Indian journal of veterinary science and animal husbandry - Volume 10,
Year: 1940
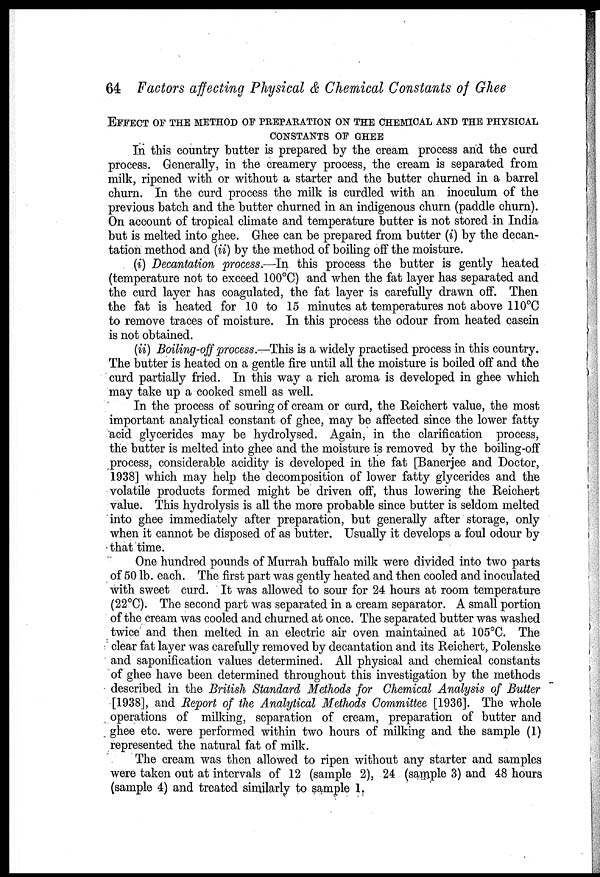
64 Factors affecting Physical & Chemical Constants of Ghee
EFFECT OF THE METHOD OF PREPARATION ON THE CHEMICAL AND THE PHYSICA
CONSTANTS OF GHEE
In this country butter is prepared by the cream process and the curd
process. Generally, in the creamery process, the cream is separated from
milk, ripened with or without a starter and the butter churned in a barrel
churn. In the curd process the milk is curdled with an inoculum of the
previous batch and the butter churned in an indigenous churn (paddle churn).
On account of tropical climate and temperature butter is not stored in India
but is melted into ghee. Ghee can be prepared from butter (i) by the decan¬
tation method and (ii) by the method of boiling off the moisture.
(i) Decantation process.—In this process the butter is gently heated
(temperature not to exceed 100°C) and when the fat layer has separated and
the curd layer has coagulated, the fat layer is carefully drawn off. Then
the fat is heated for 10 to 15 minutes at temperatures not above 110°C
to remove traces of moisture. In this process the odour from heated casein
is not obtained.
(ii) Boiling-off process.—This is a widely practised process in this country.
The butter is heated on a gentle fire until all the moisture is boiled off and the
curd partially fried. In this way a rich aroma is developed in ghee which
may take up a cooked smell as well.
In the process of souring of cream or curd, the Reichert value, the most
important analytical constant of ghee, may be affected since the lower fatty
acid glycerides may be hydrolysed. Again, in the clarification process,
the butter is melted into ghee and the moisture is removed by the boiling-off
process, considerable acidity is developed in the fat [Banerjee and Doctor,
1938] which may help the decomposition of lower fatty glycerides and the
volatile products formed might be driven off, thus lowering the Reichert
value. This hydrolysis is all the more probable since butter is seldom melted
into ghee immediately after preparation, but generally after storage, only
when it cannot be disposed of as butter. Usually it develops a foul odour by
that time.
One hundred pounds of Murrah buffalo milk were divided into two parts
of 50 lb. each. The first part was gently heated and then cooled and inoculated
with sweet curd. It was allowed to sour for 24 hours at room temperature
(22°C). The second part was separated in a cream separator. A small portion
of the cream was cooled and churned at once. The separated butter was washed
twice and then melted in an electric air oven maintained at 105°C. The
clear fat layer was carefully removed by decantation and its Reichert, Polenske
and saponification values determined. All physical and chemical constants
of ghee have been determined throughout this investigation by the methods
described in the British Standard Methods for Chemical Analysis of Butter
[1938], and Report of the Analytical Methods Committee [1936]. The whole
operations of milking, separation of cream, preparation of butter and
ghee etc. were performed within two hours of milking and the sample (1)
represented the natural fat of milk.
The cream was then allowed to ripen without any starter and samples
were taken out at intervals of 12 (sample 2), 24 (sample 3) and 48 hours
(sample 4) and treated similarly to sample 1.